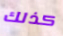
كذلك